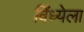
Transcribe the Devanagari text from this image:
विंध्येला